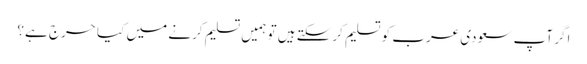
اگر آپ سعودی عرب کو تسلیم کرسکتے ہیں تو ہمیں تسلیم کرنے میں کیا حرج ہے؟